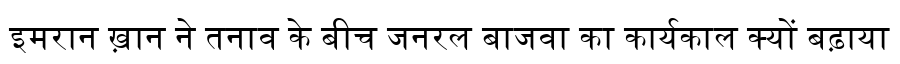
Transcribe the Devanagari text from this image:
इमरान ख़ान ने तनाव के बीच जनरल बाजवा का कार्यकाल क्यों बढ़ाया